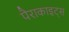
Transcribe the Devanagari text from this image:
पैराकाइट्स